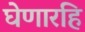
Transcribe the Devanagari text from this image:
घेणारहि